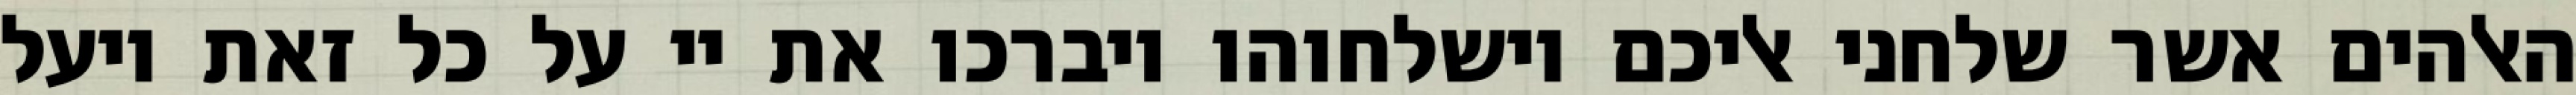
האלהים אשר שלחני אליכם וישלחוהו ויברכו את יי על כל זאת ויעל